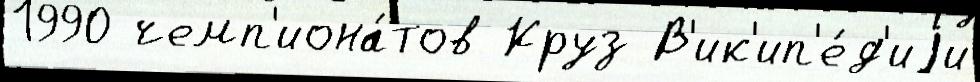
1990 чемп'иона́тов Круз В'ик'ип'е́д'иjи